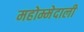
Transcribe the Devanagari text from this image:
महोम्मेदाली